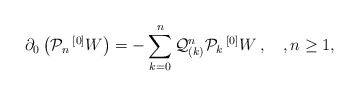
\begin{align*} \partial_0 \left( {\mathcal P}_n \, {^{[0]}W} \right) = - \sum_{k=0}^n {\mathcal Q}^n_{(k)} {\mathcal P}_k\,{^{[0]}W}\, , \quad, n\geq 1,\end{align*}